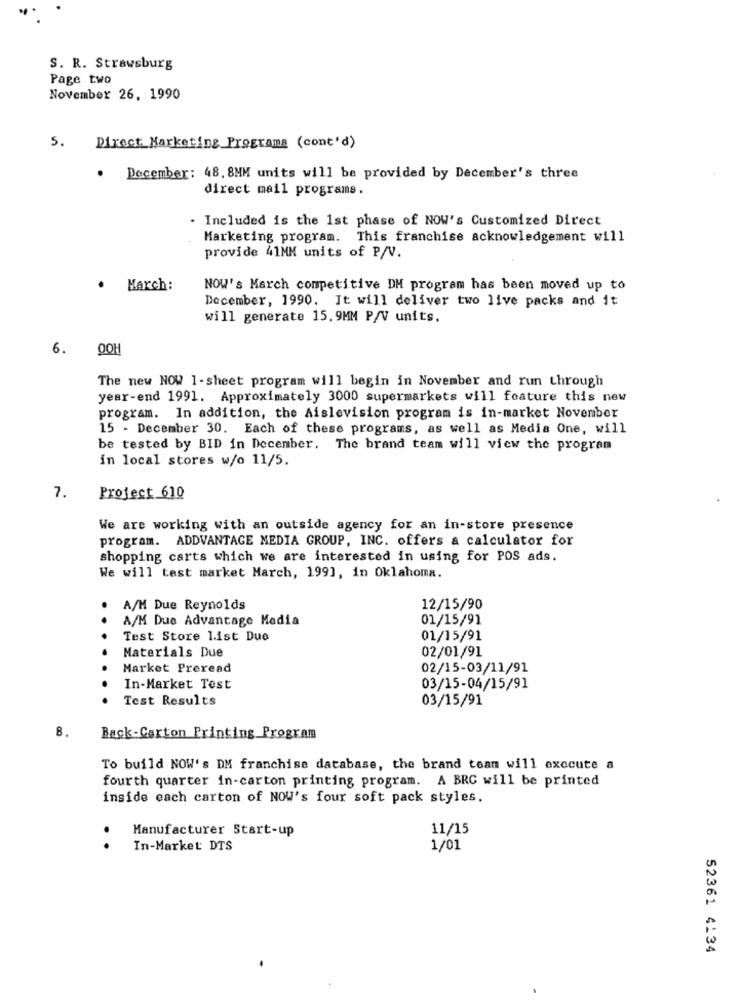
S. R. Strawsburg
Page two
November 26, 1990
5.
Direct Marketing Programs (cont'd)
.
December: 48. 8MM units will be provided by December's three
direct mail programs.
. Included is the 1st phase of NOW's Customized Direct
Marketing program. This franchise acknowledgement will
provide 41MM units of P/V.
.
March:
NOW's March competitive DH program has been moved up to
December, 1990. It will deliver two live packs and it
will generate 15.9MM P/V units.
6.
OOH
The new NOW 1-sheet program will begin in November and run through
year-end 1991. Approximately 3000 supermarkets will feature this new
program. In addition, the Aislevision program is in-market November
15 - December 30. Each of these programs, as well as Media One, will
be tested by BID in December. The brand team will view the program
in local stores w/o 11/5.
7.
Project 610
We are working with an outside agency for an in-store presence
program. ADDVANTAGE MEDIA GROUP, INC. offers a calculator for
shopping carts which we are interested in using for POS ads.
We will test market March, 199], in Oklahoma.
A/M Due Reynolds
12/15/90
A/M Due Advantage Media
01/15/91
Test Store list Due
01/15/91
02/01/91
Materials Due
Market Preread
02/15-03/11/91
In-Market Test
03/15-04/15/91
Test Results
03/15/91
8.
Back-Carton Printing Program
To build NOW's DM franchise database, the brand team will execute a
fourth quarter in-carton printing program. A BRC will be printed
inside each carton of NOW's four soft pack styles.
Manufacturer Start-up
11/15
..
In-Market: DTS
1/01
52361 4134